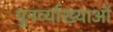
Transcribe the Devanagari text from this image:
पुनर्व्याख्याओं